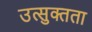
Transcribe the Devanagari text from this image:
उत्सुक्तता